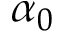
\alpha _ { 0 }